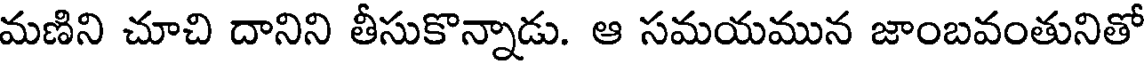
మణిని చూచి దానిని తీసుకొన్నాడు. ఆ సమయమున జాంబవంతునితో